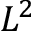
L ^ { 2 }